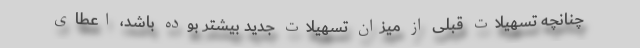
چنانچه تسهیلات قبلی از میزان تسهیلات جدید بیشتر بوده باشد، اعطای